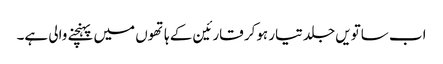
اب ساتویں جلد تیار ہوکر قارئین کے ہاتھوں میں پہنچنے والی ہے۔